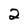
Character: 2